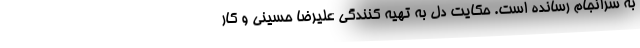
به سرانجام رسانده است. حکایت دل به تهیه کنندگی علیرضا حسینی و کار